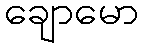
ချောမော